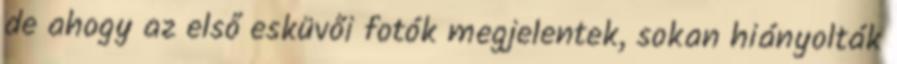
de ahogy az első esküvői fotók megjelentek, sokan hiányolták